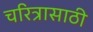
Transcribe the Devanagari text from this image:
चरित्रासाठी